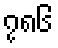
၇၈၆